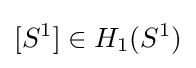
[S^{1}]\in H_{1}(S^{1})